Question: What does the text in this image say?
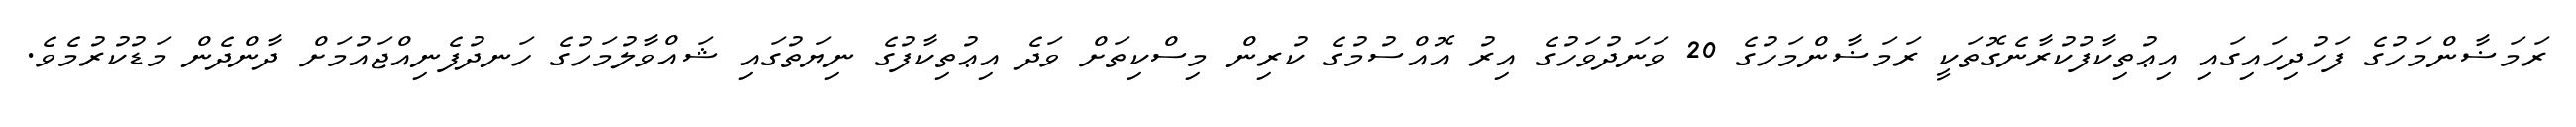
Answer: ރަމަޟާންމަހުގެ ފަހުދިހައިގައި އިޢުތިކާފުކުރާނެގޮތަކީ ރަމަޟާންމަހުގެ 20 ވަނަދުވަހުގެ އިރު އޮއްސުމުގެ ކުރިން މިސްކިތަށް ވަދެ އިޢުތިކާފުގެ ނިޔަތުގައި ޝައްވާލުމަހުގެ ހަނދުފެނިއްޖައުމަށް ދާންދެން މަޑުކުރުމެވެ.